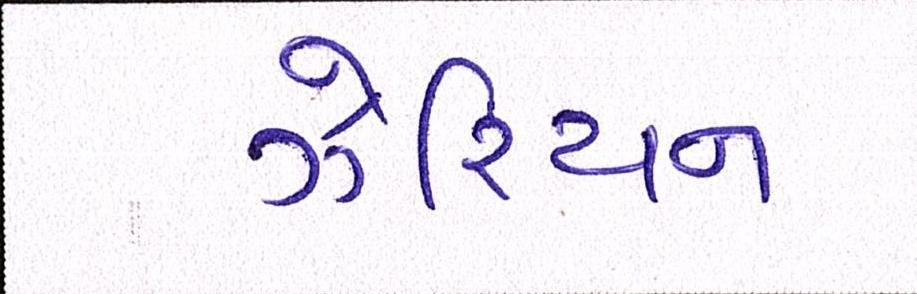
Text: ઝેરિયન